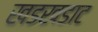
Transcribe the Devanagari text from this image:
खडखडाट